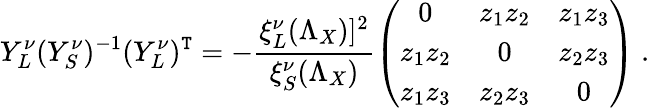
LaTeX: Y_{L}^{\nu}(Y_{S}^{\nu})^{-1}(Y_{L}^{\nu})^{\mathtt{T}}=-\frac{{\xi_{L}^{\nu}(\Lambda_{X})]^{2}}}{{\xi_{S}^{\nu}(\Lambda_{X})}}\left(\begin{array}{ccc}{{0}}&{{z_{1}z_{2}}}&{{z_{1}z_{3}}}\\ {{z_{1}z_{2}}}&{{0}}&{{z_{2}z_{3}}}\\ {{z_{1}z_{3}}}&{{z_{2}z_{3}}}&{{0}}\end{array}\right)\ .